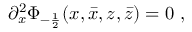
\partial _ { x } ^ { 2 } \Phi _ { - \frac { 1 } { 2 } } ( x , \bar { x } , z , \bar { z } ) = 0 ~ ,